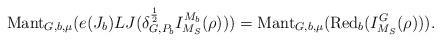
LaTeX: \begin{align*}\mathrm{Mant}_{G,b,\mu}(e(J_b)LJ( \delta^{\frac{1}{2}}_{G,P_b}I^{M_b}_{M_S}(\rho)))=\mathrm{Mant}_{G,b, \mu}(\mathrm{Red}_b(I^G_{M_S}(\rho))).\end{align*}